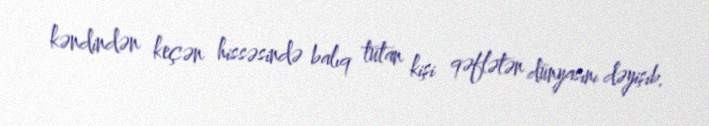
kəndindən keçən hissəsində balıq tutan kişi qəflətən dünyasını dəyişib.